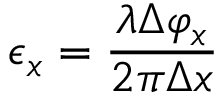
\epsilon _ { x } = \frac { \lambda \Delta \varphi _ { x } } { 2 \pi \Delta x }